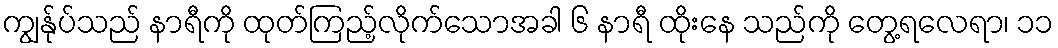
ကျွန်ုပ်သည် နာရီကို ထုတ်ကြည့်လိုက်သောအခါ ၆ နာရီ ထိုးနေ သည်ကို တွေ့ရလေရာ၊ ၁၁